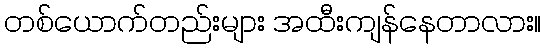
တစ်ယောက်တည်းများ အထီးကျန်နေတာလား။